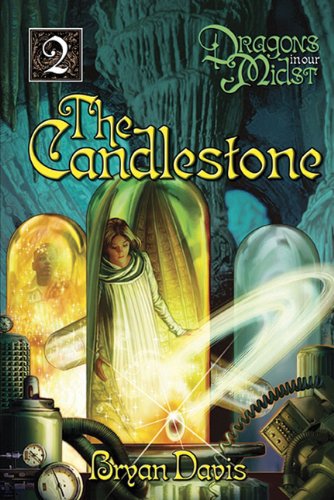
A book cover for The Candlestone (Dragons in Our Midst, Book 2); Bryan Davis; Teen & Young Adult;